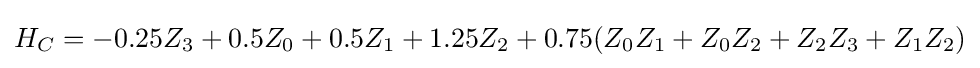
H_{C}=-0.25Z_{3}+0.5Z_{0}+0.5Z_{1}+1.25Z_{2}+0.75(Z_{0}Z_{1}+Z_{0}Z_{2}+Z_{2}Z_{3}+Z_{1}Z_{2})